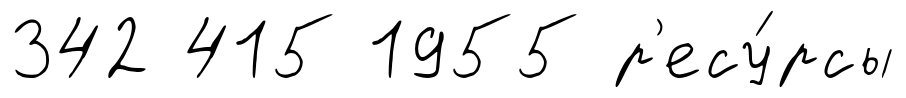
342 415 1955 р'есу́рсы